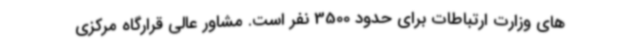
های وزارت ارتباطات برای حدود 3500 نفر است. مشاور عالی قرارگاه مرکزی